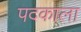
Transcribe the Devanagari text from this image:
पदकाला